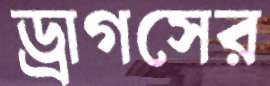
ড্রাগসের